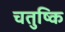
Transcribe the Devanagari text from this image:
चतुष्कि